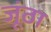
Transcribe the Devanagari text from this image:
जूंठा